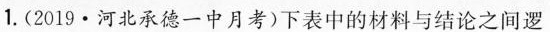
1.(2019\cdot 河北承德一中月考)下表中的材料与结论之间逻